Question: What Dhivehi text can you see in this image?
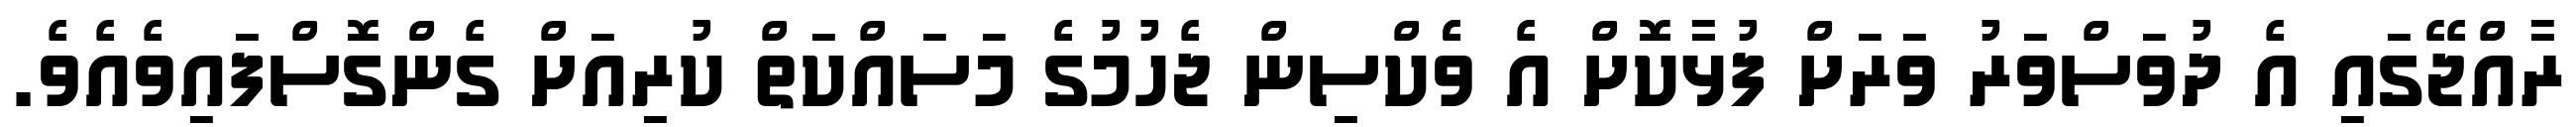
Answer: ރާއްޖޭގައި އެ ދުވަސްވަރު ވަރަށް ފުޅާކޮށް އެ ވެެކްސިން ޖެހުމުގެ މަސައްކަތް ކުރިއަށް ގެންގޮސްފައިވެއެވެ.